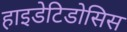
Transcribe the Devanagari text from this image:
हाइडेटिडोसिस